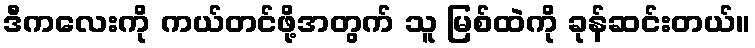
ဒီကလေးကို ကယ်တင်ဖို့အတွက် သူ မြစ်ထဲကို ခုန်ဆင်းတယ်။